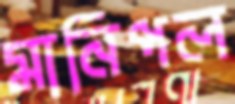
মানিপল